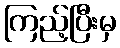
ကြည့်ပြီးမှ